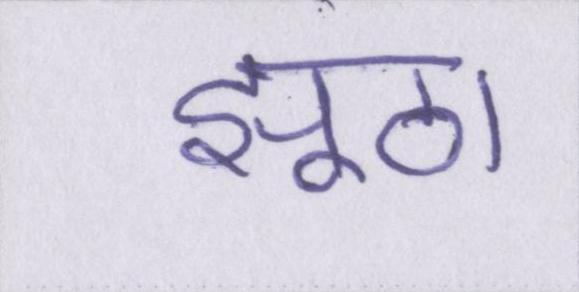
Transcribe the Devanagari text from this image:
झूठा